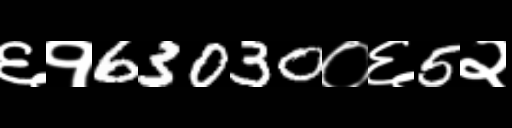
Text: ६१63030०६5२